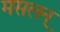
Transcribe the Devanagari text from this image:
मसलन्